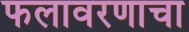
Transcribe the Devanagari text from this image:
फलावरणाचा